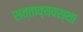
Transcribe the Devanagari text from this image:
सत्ताव्यवस्था